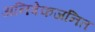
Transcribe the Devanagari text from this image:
अनिषेकजनित